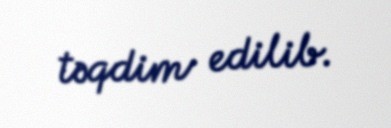
təqdim edilib.